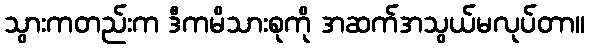
သွားကတည်းက ဒီကမိသားစုကို အဆက်အသွယ်မလုပ်တာ။